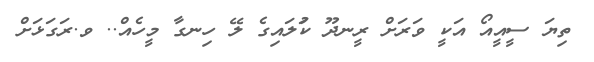
ތިޔަ ސީއީއޯ އަކީ ވަރަށް ރީނދޫ ކުަލައިގެ ލޭ ހިނގާ މީހެއް.. ވ.ރަގަޅަށް